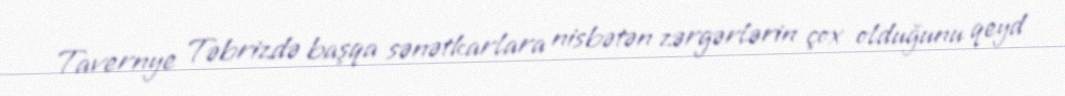
Tavernye Təbrizdə başqa sənətkarlara nisbətən zərgərlərin çox olduğunu qeyd